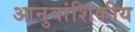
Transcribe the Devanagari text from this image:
आनुवांशिकीय